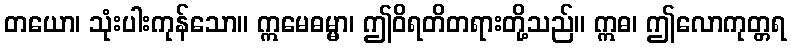
တယော၊ သုံးပါးကုန်သော။ ဣမေဓမ္မာ၊ ဤဝိရတိတရားတို့သည်။ ဣဓ၊ ဤလောကုတ္တရ